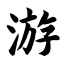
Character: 游